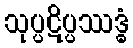
သုပ္ပဋိပ္ပဿဒ္ဓံ